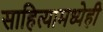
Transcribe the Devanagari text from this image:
साहित्यामध्येही